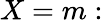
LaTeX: X=m: